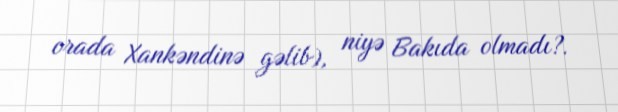
orada Xankəndinə gəlib), niyə Bakıda olmadı?.